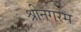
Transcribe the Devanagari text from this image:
श्रीनगरम